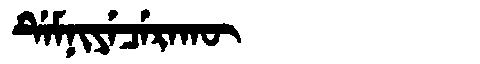
Manchu: ᡩᡝᠮᠨᡳᠶᡝᠴᡝᡵᠠᡴᡡ
Romanization: DEMNIYECERAKŪ